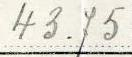
43.75